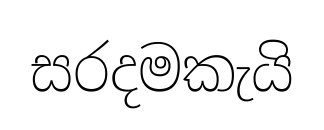
සරදමකැයි